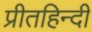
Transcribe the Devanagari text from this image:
प्रीतहिन्दी